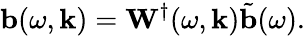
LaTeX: \mathbf{b}(\omega,\mathbf{k})=\mathbf{W}^{\dagger}(\omega,\mathbf{k})\tilde{\mathbf{b}}(\omega).